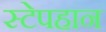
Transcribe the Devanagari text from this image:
स्टेपहान